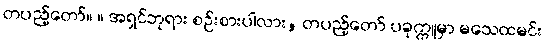
တပည့်တော်။ ။ အရှင်ဘုရား စဉ်းစားပါလား, တပည့်တော် ပခုက္ကူမှာ မသေထမင်း